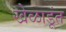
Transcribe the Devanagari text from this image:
खेळाडूंत